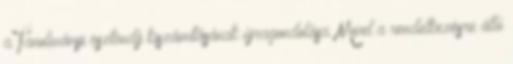
a Tanulmányi ösztöndíj kiszámításának újragondolása. Mivel a rendelkezésre álló